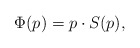
\begin{align*} \Phi(p)=p\cdot S(p),\end{align*}